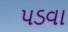
પડવા